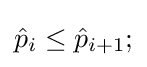
{\hat {p}}_{i}\leq {\hat {p}}_{i+1};